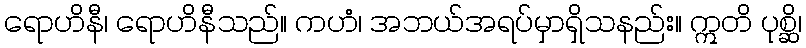
ရောဟိနီ၊ ရောဟိနီသည်။ ကဟံ၊ အဘယ်အရပ်မှာရှိသနည်း။ ဣတိ ပုစ္ဆိ၊